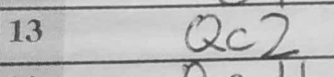
Transcription: Qc2